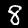
Label: 8